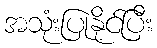
အသုံးပြုနိုင်ပြီး